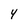
Character: Y